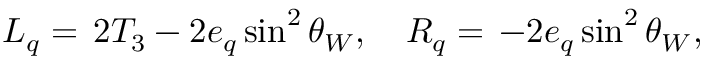
L _ { q } = \, 2 T _ { 3 } - 2 e _ { q } \sin ^ { 2 } \theta _ { W } , ~ ~ ~ R _ { q } = \, - 2 e _ { q } \sin ^ { 2 } \theta _ { W } ,